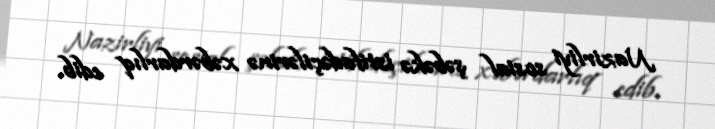
Nazirliyi sosial şəbəkə istifadəçilərinə xəbərdarlıq edib.